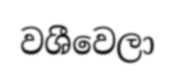
වශීවෙලා